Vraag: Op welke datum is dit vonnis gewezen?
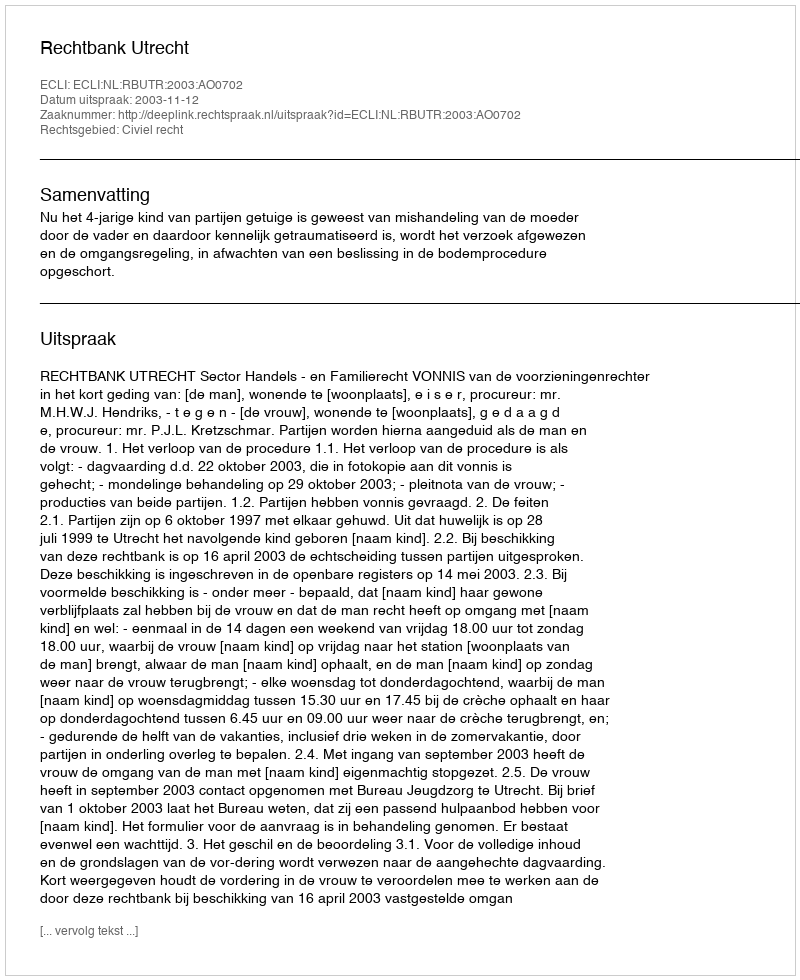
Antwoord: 2003-11-12